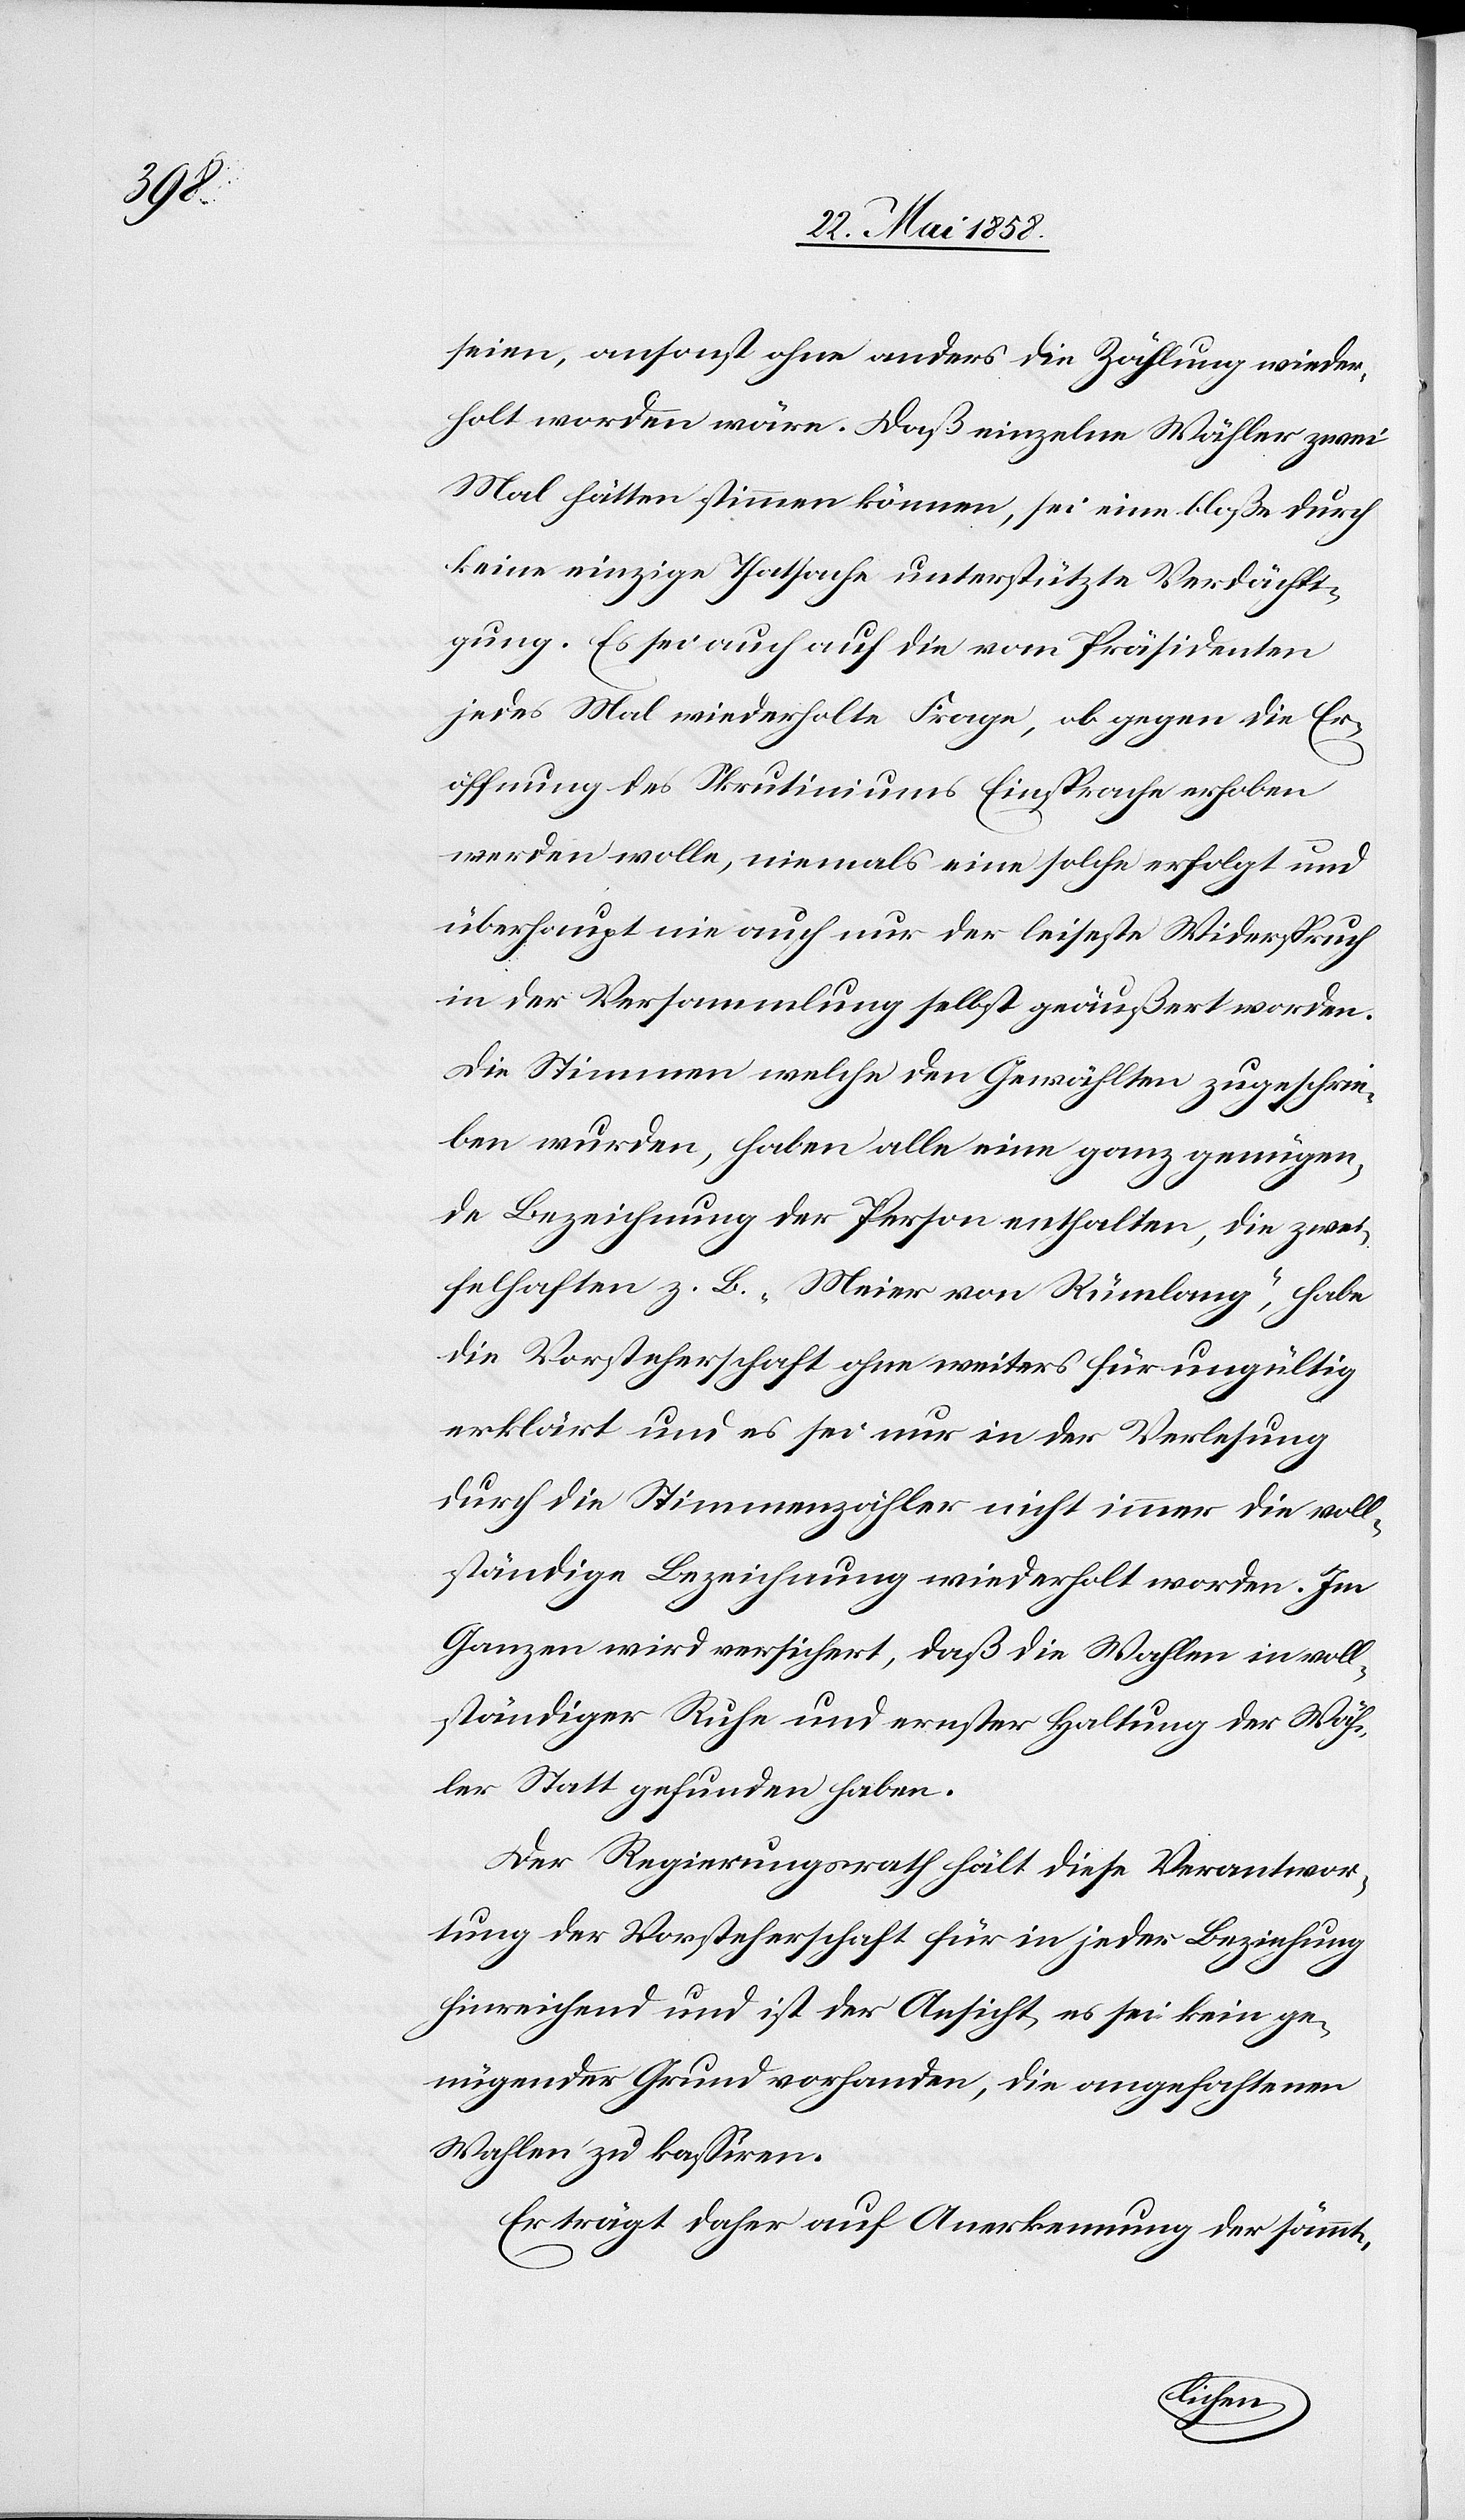
seien, ansonst ohne anders die Zählung wieder¬
holt worden wäre. Daß einzelne Wähler zwei
Mal hätten stimmen können, sei eine bloße durch
keine einzige Thatsache unterstützte Verdächti¬
gung. Es sei auch auf die vom Präsidenten
jedes Mal. wiederholte Frage, ob gegen die Er¬
öffnung des Skrutiniums Einsprache erhoben
werden wolle, niemals eine solche erfolgt und
überhaupt nie auch nur der leiseste Widerspruch
in der Versammlung selbst geäußert worden.
Die Stimmen welche den Gewählten zugeschrie¬
ben wurden, haben alle eine ganz genügen¬
de Bezeichnung der Person enthalten, die zwei¬
felhaften z. B. „Meier von Rümlang“, habe
die Vorsteherschaft ohne weiters für ungültig
erklärt und es sei nur in der Verlesung
durch die Simmenzähler nicht immer die voll¬
ständige Bezeichnung wiederholt worden. Im
Ganzen wird versichert, daß die Wahlen in voll¬
ständiger Ruhe und ernster Haltung der Wäh¬
ler Statt gefunden haben.
Der Regierungsrath hält diese Verantwor¬
tung der Vorsteherschaft für in jeder Beziehung
hinreichend und ist der Ansicht, es sei kein ge¬
nügender Grund vorhanden, die angefochtenen
Wahlen zu kassiren.
Er trägt daher auf Anerkennung der sämmt-